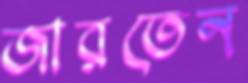
জারতেন